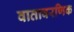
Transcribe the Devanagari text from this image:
वातावरणिक